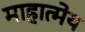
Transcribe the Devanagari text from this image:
माहात्मेय